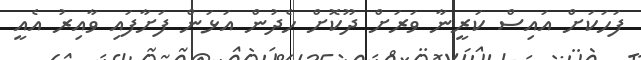
ފަހަކަށް އައިސް ކަރީނާ ވަރަށް ދޫކޮށް ހެދުން އަޅަން ފަށާފައި ވާއިރު އެއީ